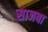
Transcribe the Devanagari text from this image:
साजबा